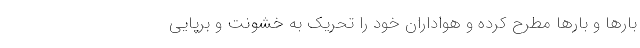
بارها و بارها مطرح کرده و هواداران خود را تحریک به خشونت و برپایی